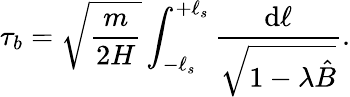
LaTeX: \tau_{b}=\sqrt{\frac{m}{2H}}\int_{-\ell_{s}}^{+\ell_{s}}\frac{\mathrm{d}\ell}{\sqrt{1-\lambda\hat{B}}}.